Indian journal of veterinary science and animal husbandry - Volume 6,
Year: 1936
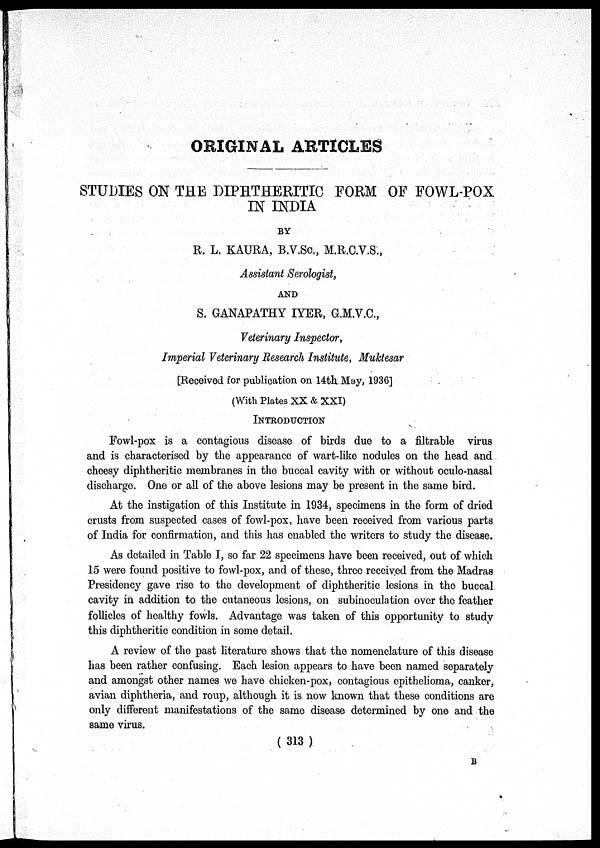
ORIGINAL ARTICLES
STUDIES ON THE DIPHTHERITIC FORM OF FOWL-POX
IN INDIA
BY
R. L. KAURA, B.V.Sc., M.R.C.V.S.,
Assistant Serologist,
AND
S. GANAPATHY IYER, G.M.V.C.,
Veterinary Inspector,
Imperial Veterinary Research Institute, Muktesar
[Received for publication on 14th May, 1936]
(With Plates XX & XXI)
INTRODUCTION
Fowl-pox is a contagious disease of birds due to a filtrable virus
and is characterised by the appearance of wart-like nodules on the head and
cheesy diphtheritic membranes in the buccal cavity with or without oculo-nasal
discharge. One or all of the above lesions may be present in the same bird.
At the instigation of this Institute in 1934, specimens in the form of dried
crusts from suspected cases of fowl-pox, have been received from various parts
of India for confirmation, and this has enabled the writers to study the disease.
As detailed in Table I, so far 22 specimens have been received, out of which
15 were found positive to fowl-pox, and of these, three received from the Madras
Presidency gave rise to the development of diphtheritic lesions in the buccal
cavity in addition to the cutaneous lesions, on subinoculation over the feather
follicles of healthy fowls. Advantage was taken of this opportunity to study
this diphtheritic condition in some detail.
A review of the past literature shows that the nomenclature of this disease
has been rather confusing. Each lesion appears to have been named separately
and amongst other names we have chicken-pox, contagious epithelioma, canker,
avian diphtheria, and roup, although it is now known that these conditions are
only different manifestations of the same disease determined by one and the
same virus.
(313)